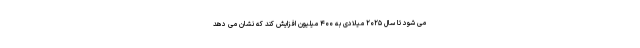
می شود تا سال ۲۰۲۵ میلادی به ۴۰۰ میلیون افزایش کند که نشان می دهد